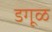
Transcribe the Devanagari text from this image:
डगूळ